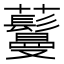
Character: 𬟦